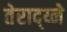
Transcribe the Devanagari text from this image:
तेराद्य्ने